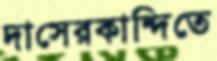
দাসেরকান্দিতে